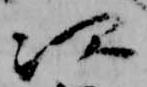
次